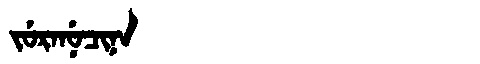
Manchu: ᠵᡠᡵᠠᠨᡠᠴᡳᠨᠠ
Romanization: JURANUCINA